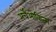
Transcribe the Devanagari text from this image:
अर्चेओकिन्स